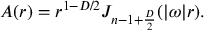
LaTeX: A ( r ) = r ^ { 1 - D / 2 } J _ { n - 1 + { \frac { D } { 2 } } } ( | \omega | r ) .